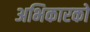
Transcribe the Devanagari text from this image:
अभिकारको